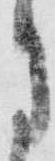
月